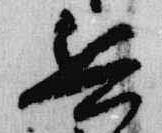
兵